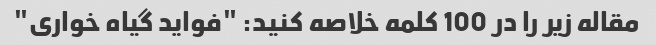
مقاله زیر را در 100 کلمه خلاصه کنید: "فواید گیاه خواری"